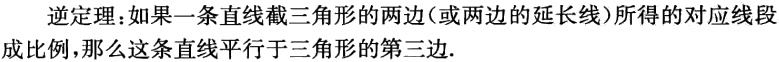
逆定理：如果一条直线截三角形的两边（或两边的延长线）所得的对应线段成比例，那么这条直线平行于三角形的第三边.